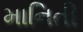
માનિતી